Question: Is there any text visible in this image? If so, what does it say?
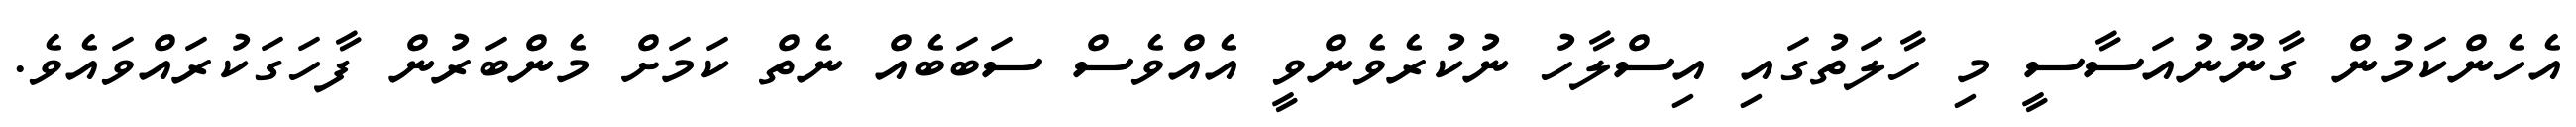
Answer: އެހެންކަމުން ގާނޫނުއަސާސީ މި ހާލަތުގައި އިސްލާހު ނުކުރެވެންވީ އެއްވެސް ސަބަބެއް ނެތް ކަމަށް މެންބަރުން ފާހަގަކުރައްވައެވެ.